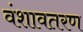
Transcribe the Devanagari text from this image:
वंशावतरण